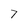
Character: 7